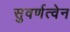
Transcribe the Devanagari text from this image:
सुवर्णत्वेन